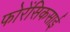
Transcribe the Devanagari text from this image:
फोरेंसिकसाई